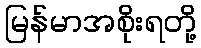
မြန်မာအစိုးရတို့